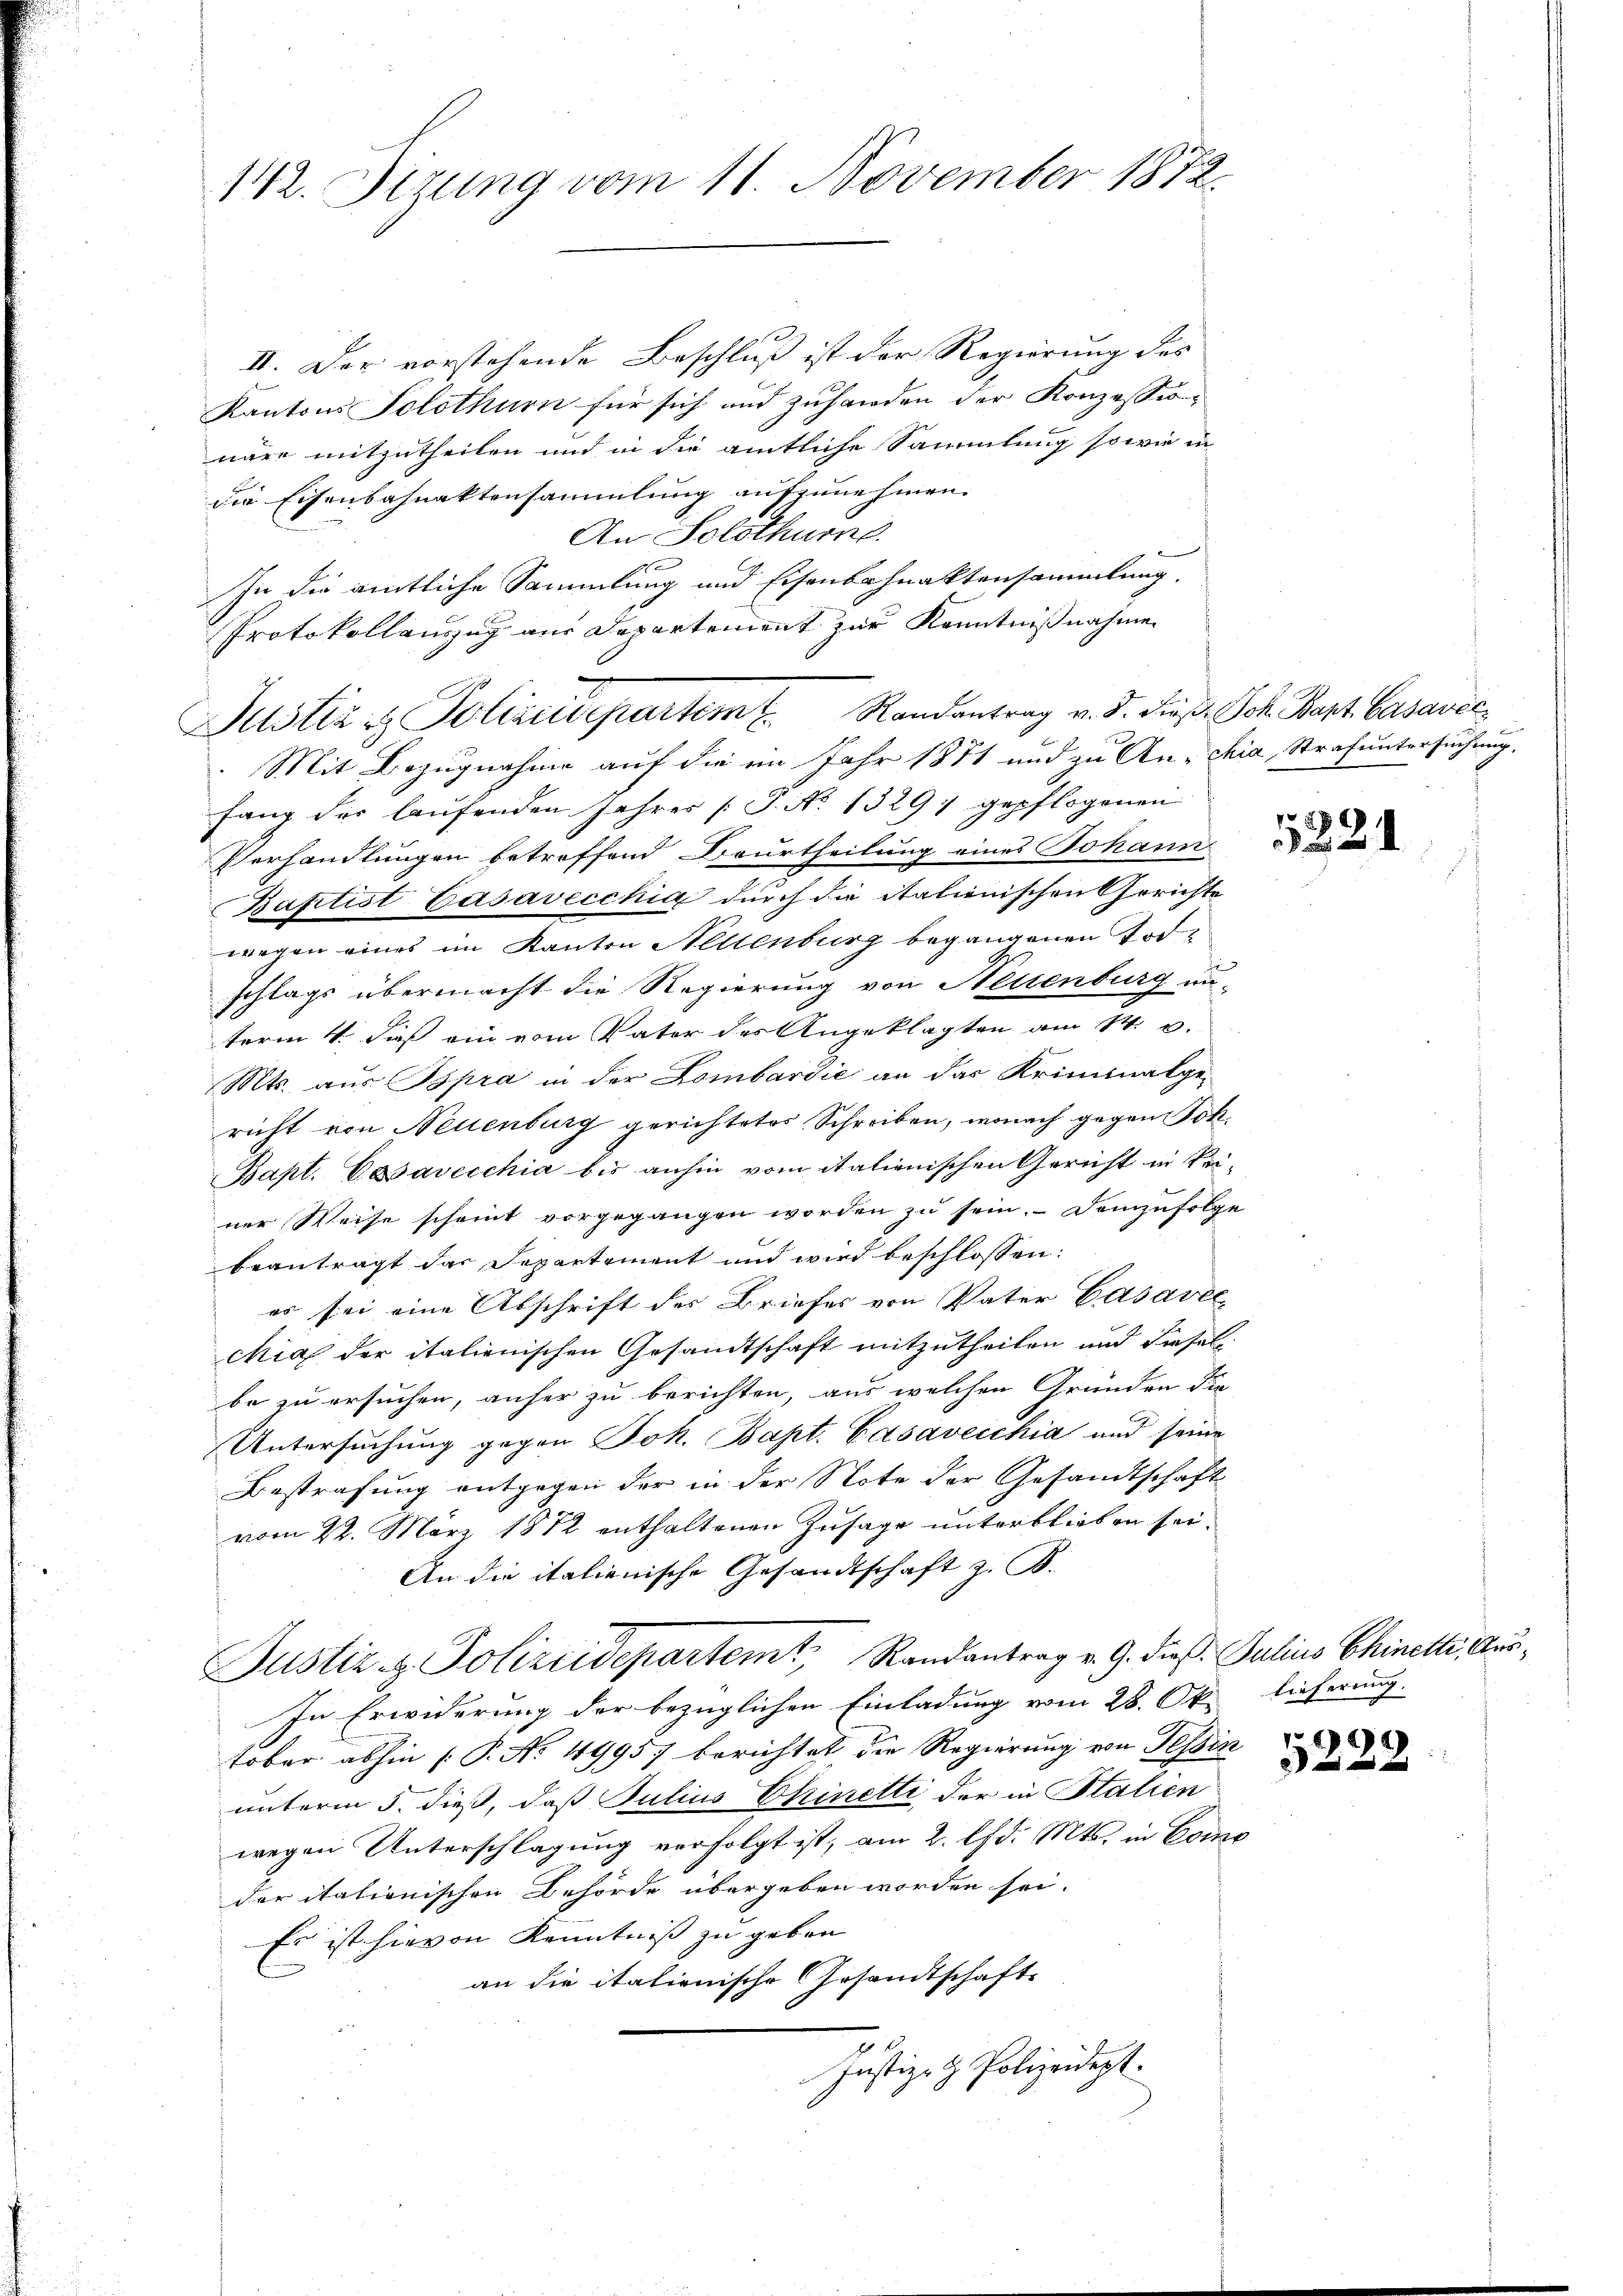
142. Sizung vom 11. November 1872.

II. Der vorstehende Beschluß ist der Regierung des
Kantons Solothurn für sich und zuhanden der Konzessionäre mitzutheilen und in die amtliche Sammlung sowie in
die Eisenbahnaktensammlung aufzunehmen.
An Solothurn.
10
In die amtliche Sammlung und Eisenbahnaktensammlung.
Protokollanzug aus Departement zur Kenntnißnahmen
Mit Bezugnahme auf die ein Jahr 1871 und zu An-chia, Strafuntersuchung,
fang der laufenden Jahres J. No 1329 gepflogenen
Verhandlungen betreffend Beurtheilung eines Johann
Baptist Casavecchig durch die italienischen Gerichte
wegen eines im Kanton Hellenburg begangenen Todschlags übermacht die Regierung von Nettenburg un-
term 4. daß ein vom Vater des Angeklagten am 14. d.
Mts. aus spra in der Lombardić an das Kriminalgericht von Neuenburg gerichtetes Schreiben, wonach gegen Joh.
Bapt. Cavecchia bis anhin vom italienischen Gericht in kei-
ner Weise scheint vorgegangen worden zu sein. Demzufolge
beantragt das Departement und wird beschlossen:
es sei eine Abschrift der Briefes von Vater Casavec
chia der italienischen Gesandtschaft mitzutheilen und diesel
be zu ersuchen, anher zu berichten, aus welchen Gründen Sie
Untersuchung gegen Joh. Bapt. Casavecchia und seine
Bestrafung entgegen der in der Note der Gesandtschaft
n
vom 22. März 1812 enthaltenen Zusage unterblieben sei.
An die italienische Gesandtschaft z. B.
Justiz & Polizeidepartemt, Randantrag v. G. dieß. Julius Chinette Aus¬
In Erwiderung der bezüglichen Einladung vom 28. Okt lieferung.
tober abhin (T. No 49957 berichtet die Regierung von Tessin
unterm 5. dieß, daß Julius Chinetti der in Stalien
wegen Unterschlagung verfolgt ist, am 2. d. Mts. in Como
der itationischen Behörde übergeben worden sei.
Es ist hievon Kenntniß zu geben
an die italienische Gesandtschafts
Justiz- & Polizeidept.

Justiz & Polizeidepartemt. Randantrag v. 5. dieß Joh. Bapt. Casavic¬

224

d
5222